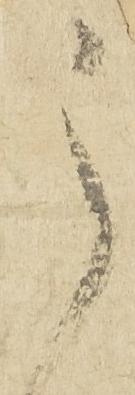
之